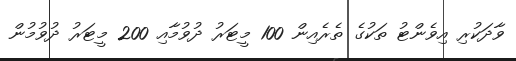
ވާދަކުރި އިވެންޓު ތަކުގެ ތެރެއިން 100 މީޓަރު ދުވުމާއި 200 މީޓަރު ދުވުމުން